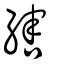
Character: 縖